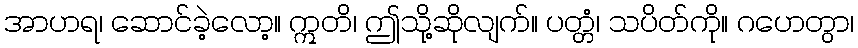
အာဟရ၊ ဆောင်ခဲ့လော့။ ဣတိ၊ ဤသို့ဆိုလျက်။ ပတ္တံ၊ သပိတ်ကို။ ဂဟေတွာ၊